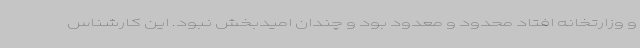
و وزارتخانه افتاد محدود و معدود بود و چندان امیدبخش نبود. این کارشناس